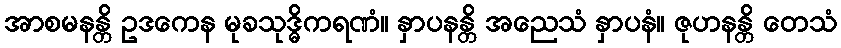
အာစမနန္တိ ဥဒကေန မုခသုဒ္ဓိကရဏံ။ နှာပနန္တိ အညေသံ နှာပနံ။ ဇုဟနန္တိ တေသံ